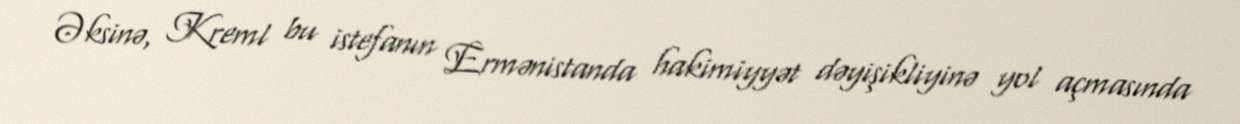
Əksinə, Kreml bu istefanın Ermənistanda hakimiyyət dəyişikliyinə yol açmasında